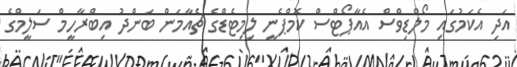
އަދި އެކަމުގައި މޯލްޑިވްސް އެއާޕޯޓްސް ކޮމްޕެނީ ލިމިޓެޑްގެ ޗެއާމަން ބަންދު އިބްރާހީމް ސަލީމްގެ